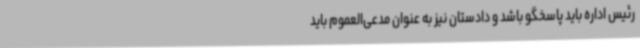
رئیس اداره باید پاسخگو باشد و دادستان نیز به عنوان مدعی‌العموم باید